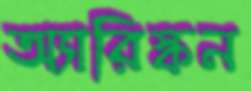
অ্যারিস্কন